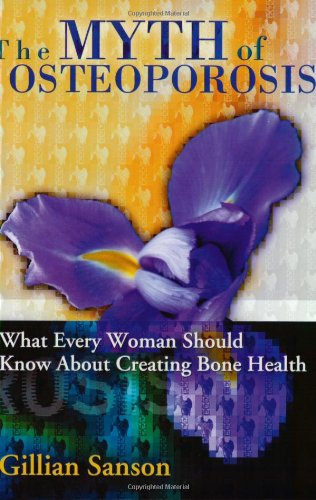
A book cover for The Myth of Osteoporosis; Gillian Sanson; Health, Fitness & Dieting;